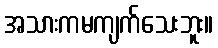
အသားကမကျက်သေးဘူး။